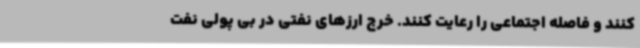
کنند و فاصله اجتماعی را رعایت کنند. خرج ارزهای نفتی در بی پولی نفت